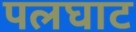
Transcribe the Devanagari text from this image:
पलघाट